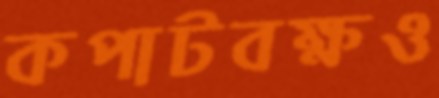
কপাটবক্ষও